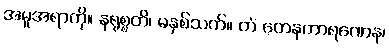
အမူအရာကို။ နရုစ္စတိ၊ မနှစ်သက်။ တံ တေနကာရဏေန၊